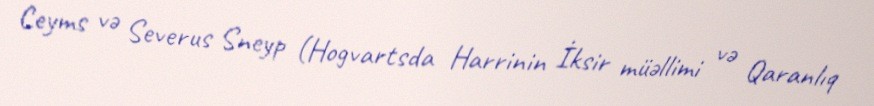
Ceyms və Severus Sneyp (Hogvartsda Harrinin İksir müəllimi və Qaranlıq